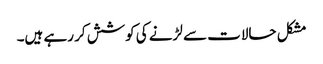
مشکل حالات سے لڑنے کی کوشش کر رہے ہیں۔